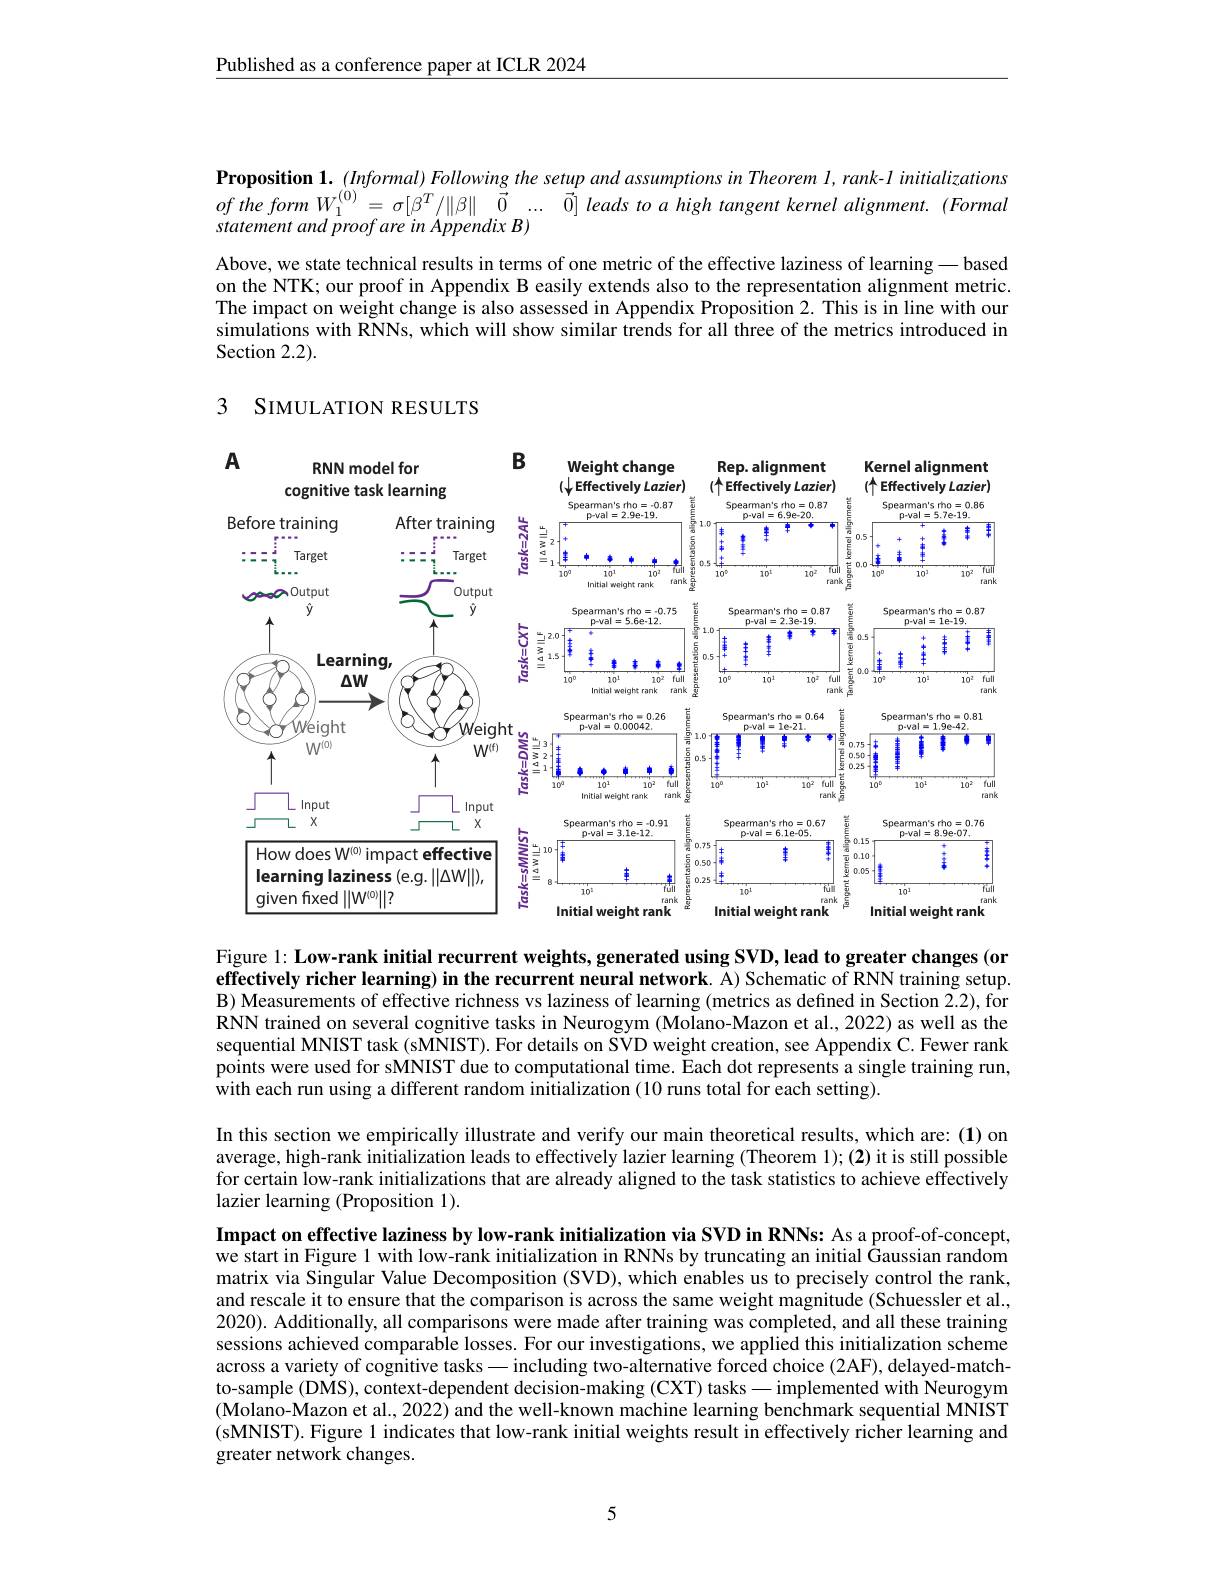
Published as a conference paper at ICLR 2024

Proposition $1.(Informal)Following$ the setup and assumptions in Theorem $l,rank-l$ initializations $oftheformW_{1}^{( 0) }= \sigma [ \beta ^{T}/ \| \beta \|$ $\vec{0}$ $\ldots$ $\vec{0} ]$ leads to a high tangent kernel alignment. (Formal statement and proof are in Appendix B)

Above, we state technical results in terms of one metric of the effective laziness of learning — based on the NTK; our proof in Appendix B easily extends also to the representation alignment metric. The impact on weight change is also assessed in Appendix Proposition 2. This is in line with our simulations with RNNs, which will show similar trends for all three of the metrics introduced in Section 2.2).

## 3 SIMULATION RESULTS

<FigureHere>

Figure 1: Low-rank initial recurrent weights, generated using SVD, lead to greater changes (or effectively richer learning) in the recurrent neural network. A) Schematic of RNN training setup. B) Measurements of effective richness vs laziness of learning (metrics as defined in Section 2.2), for RNN trained on several cognitive tasks in Neurogym (Molano-Mazon et al., 2022) as well as the sequential MNIST task (sMNIST). For details on SVD weight creation, see Appendix C. Fewer rank points were used for sMNIST due to computational time. Each dot represents a single training run, $\hat{\text{with each run using a different random initialization(10 runs total for each setting).}}$
In this section we empirically illustrate and verify our main theoretical results, which are: (1) on average, high-rank initialization leads to effectively lazier learning (Theorem 1); (2) it is still possible for certain low-rank initializations that are already aligned to the task statistics to achieve effectively lazier learning (Proposition 1).
Impact on effective laziness by low-rank initialization via SVD in RNNs: As a proof-of-concept,

we start in Figure 1 with low-rank initialization in RNNs by truncating an initial Gaussian random matrix via Singular Value Decomposition (SVD), which enables us to precisely control the rank, and rescale it to ensure that the comparison is across the same weight magnitude (Schuessler et al., 2020). Additionally, all comparisons were made after training was completed, and all these training sessions achieved comparable losses. For our investigations, we applied this initialization scheme across a variety of cognitive tasks — including two-alternative forced choice (2AF), delayed-matchto-sample (DMS), context-dependent decision-making (CXT) tasks — implemented with Neurogym (Molano-Mazon et al., 2022) and the well-known machine learning benchmark sequential MNIST (sMNIST). Figure 1 indicates that low-rank initial weights result in effectively richer learning and greater network changes.

5